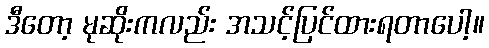
ဒီတော့ မုဆိုးကလည်း အသင့်ပြင်ထားရတာပေါ့။